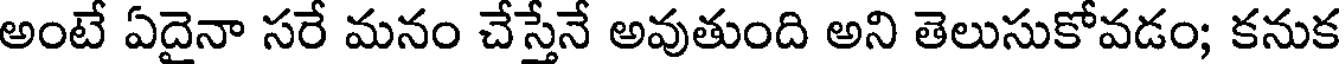
అంటే ఏదైనా సరే మనం చేస్తేనే అవుతుంది అని తెలుసుకోవడం; కనుక